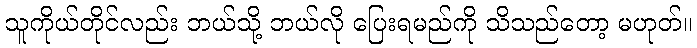
သူကိုယ်တိုင်လည်း ဘယ်သို့ ဘယ်လို ပြေးရမည်ကို သိသည်တော့ မဟုတ်။